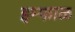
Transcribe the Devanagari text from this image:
इम्फाळ